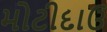
મોટીદાઉ